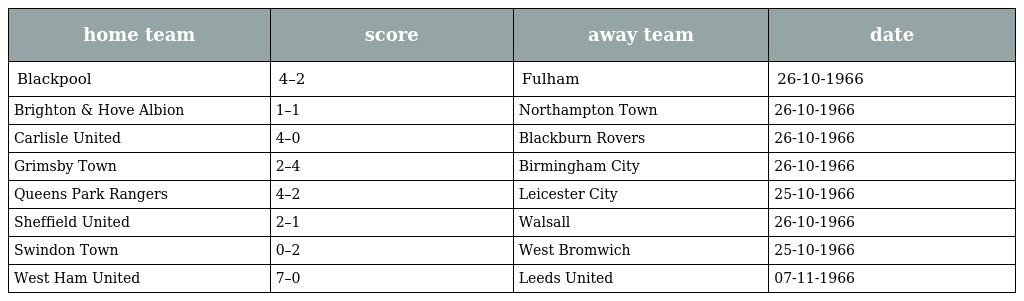
| home team | score | away team | date |
 | --- | --- | --- | --- |
 | Blackpool | 4–2 | Fulham | 26-10-1966 |
 | Brighton & Hove Albion | 1–1 | Northampton Town | 26-10-1966 |
 | Carlisle United | 4–0 | Blackburn Rovers | 26-10-1966 |
 | Grimsby Town | 2–4 | Birmingham City | 26-10-1966 |
 | Queens Park Rangers | 4–2 | Leicester City | 25-10-1966 |
 | Sheffield United | 2–1 | Walsall | 26-10-1966 |
 | Swindon Town | 0–2 | West Bromwich | 25-10-1966 |
 | West Ham United | 7–0 | Leeds United | 07-11-1966 |